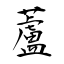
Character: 蘆